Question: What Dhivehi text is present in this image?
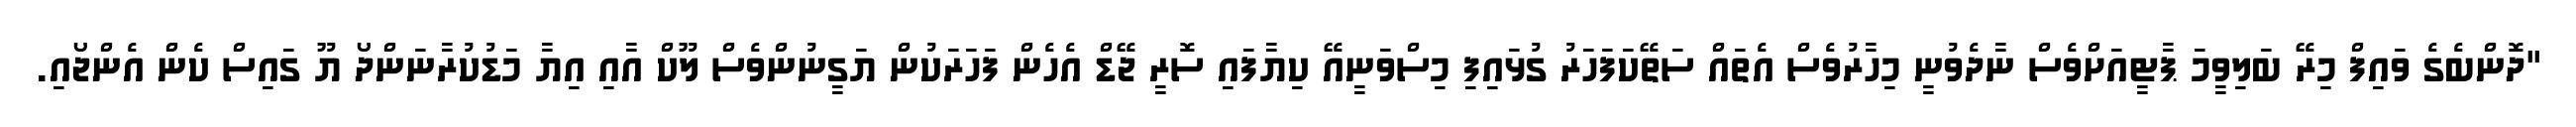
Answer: "ދޮންބެގެ ވައިފް މިރޭ ބަލިވީމަ ޕާޓީއަށްވެސް ނާދެވުނީ މިހާރުވެސް އެތައް ސަތޭކަފަހަރު ގުޅައިފި މިސްވަނީއޭ ކިޔާފައި ސޮރީ ޖޭޑް އެހެން ފަހަރަކުން ޔަގީނުންވެސް ލޫކް އާއި އިޔާ މަޑުކުރާނަންދޯ ޔޫ ގައިސް ކެން އެންޖޯއި.